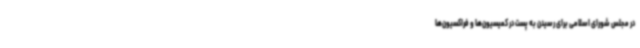
در مجلس شورای اسلامی برای رسیدن به پست در کمیسیون‌ها و فراکسیون‌ها